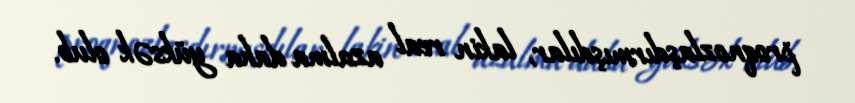
proqnozlaşdırmışdılar, lakin real azalma daha yüksək olub.